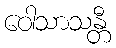
ဝေါသာသန္တီ